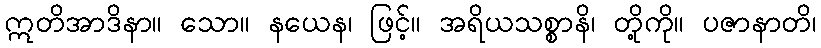
ဣတိအာဒိနာ။ သော။ နယေန၊ ဖြင့်။ အရိယသစ္စာနိ၊ တို့ကို။ ပဇာနာတိ၊